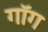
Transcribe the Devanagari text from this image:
गॉग